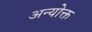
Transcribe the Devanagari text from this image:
अन्योक्त